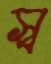
স্ব